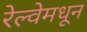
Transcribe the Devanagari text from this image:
रेल्वेमधून